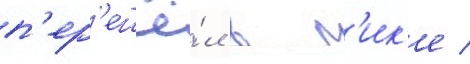
п'ер'ешё́л в п'ик'е /